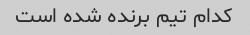
کدام تیم برنده شده است